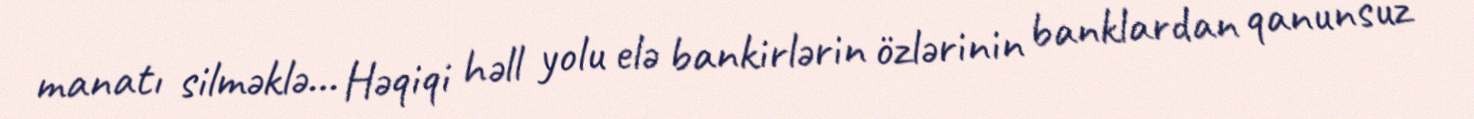
manatı silməklə… Həqiqi həll yolu elə bankirlərin özlərinin banklardan qanunsuz